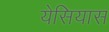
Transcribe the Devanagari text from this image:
येसियास